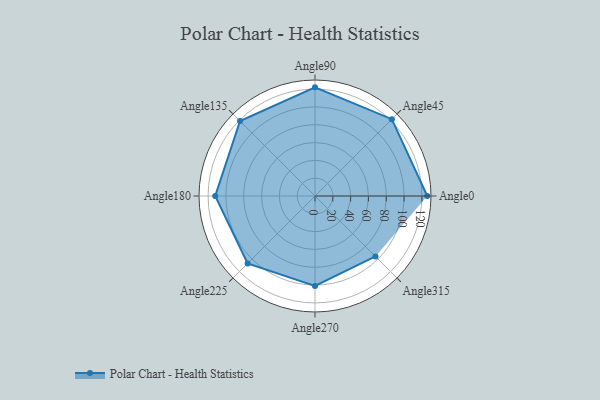
{"axis": {"x": "Angle", "y": "Radius"}, "legend": [""], "data": [{"x": "Angle0", "y": 126.0, "type": ""}, {"x": "Angle45", "y": 122.0, "type": ""}, {"x": "Angle90", "y": 122.0, "type": ""}, {"x": "Angle135", "y": 119.0, "type": ""}, {"x": "Angle180", "y": 112.0, "type": ""}, {"x": "Angle225", "y": 107.0, "type": ""}, {"x": "Angle270", "y": 101.0, "type": ""}, {"x": "Angle315", "y": 96.0, "type": ""}]}